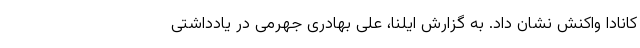
کانادا واکنش نشان داد. به گزارش ایلنا، علی بهادری جهرمی در یادداشتی